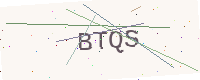
Text: BTQS